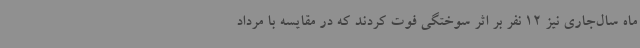
ماه سال‌جاری نیز 12 نفر بر اثر سوختگی فوت کردند که در مقایسه با مرداد